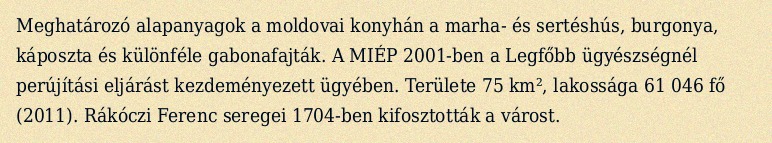
Meghatározó alapanyagok a moldovai konyhán a marha- és sertéshús, burgonya, káposzta és különféle gabonafajták. A MIÉP 2001-ben a Legfőbb ügyészségnél perújítási eljárást kezdeményezett ügyében. Területe 75 km², lakossága 61 046 fő (2011). Rákóczi Ferenc seregei 1704-ben kifosztották a várost.